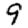
Digit: 9